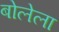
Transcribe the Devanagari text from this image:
बोलेला